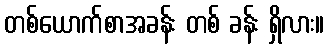
တစ်ယောက်စာအခန်း တစ် ခန်း ရှိလား။